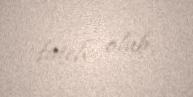
fateh olub.